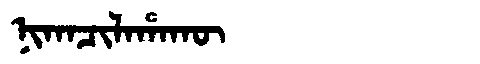
Manchu: ᠨᡳᡴᠠᠴᡳᠯᠠᡥᠠᡴᡡ
Romanization: NIKACILAHAKŪ